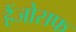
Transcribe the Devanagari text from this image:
हैंजोसफ